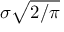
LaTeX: \sigma { \sqrt { 2 / \pi } }